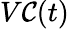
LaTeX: V\mathcal{C}(t)